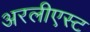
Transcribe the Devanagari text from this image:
अरलीएस्ट